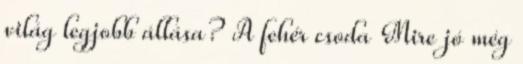
világ legjobb állása? A fehér csoda Mire jó még